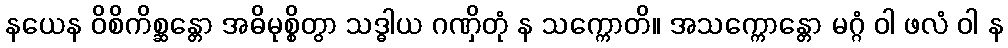
နယေန ဝိစိကိစ္ဆန္တော အဓိမုစ္စိတွာ သဒ္ဓါယ ဂဏှိတုံ န သက္ကောတိ။ အသက္ကောန္တော မဂ္ဂံ ဝါ ဖလံ ဝါ န